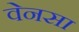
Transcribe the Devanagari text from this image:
वेनसा